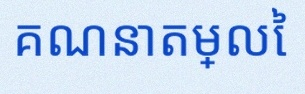
គណនាតម្លៃ